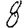
Digit: 8